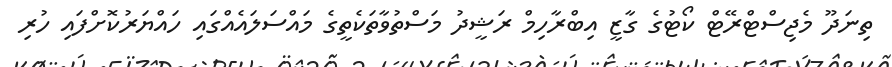
ތިނަދޫ މެޖިސްޓްރޭޓް ކޯޓުގެ ގާޒީ އިބްރާހިމް ރަޝީދު މަސްތުވާތަކެތީގެ މައްްސަލައެއްގައި ހައްޔަރުކޮށްފައި ހުރި